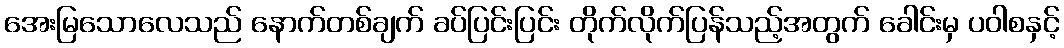
အေးမြသောလေသည် နောက်တစ်ချက် ခပ်ပြင်းပြင်း တိုက်လိုက်ပြန်သည့်အတွက် ခေါင်းမှ ပဝါစနှင့်